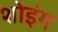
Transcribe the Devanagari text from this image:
शोइंग